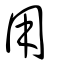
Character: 用